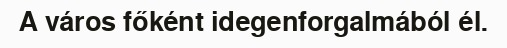
A város főként idegenforgalmából él.